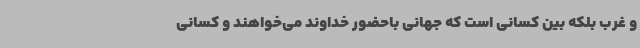
و غرب بلکه بین کسانی است که جهانی باحضور خداوند می‌خواهند و کسانی